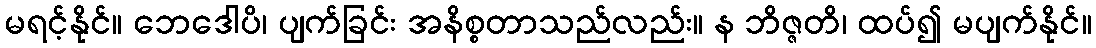
မရင့်နိုင်။ ဘေဒေါပိ၊ ပျက်ခြင်း အနိစ္စတာသည်လည်း။ န ဘိဇ္ဇတိ၊ ထပ်၍ မပျက်နိုင်။